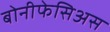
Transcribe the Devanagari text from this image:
बोनीफेसिअस